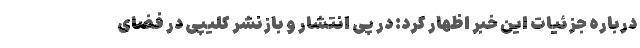
درباره جزئیات این خبر اظهار کرد: در پی انتشار و بازنشر کلیپی در فضای